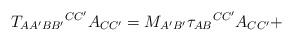
\begin{align*}T_{AA^{\prime }BB^{\prime }}{}^{CC^{\prime }}A_{CC^{\prime }}=M_{A^{\prime}B^{\prime }}\tau _{AB}{}^{CC^{\prime }}A_{CC^{\prime }}+\end{align*}